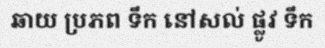
ឆាយ ប្រភព ទឹក នៅសល់ ផ្លូវ ទឹក